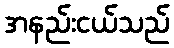
အနည်းငယ်သည်